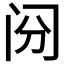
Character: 𰿪